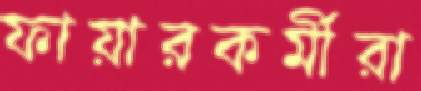
ফায়ারকর্মীরা